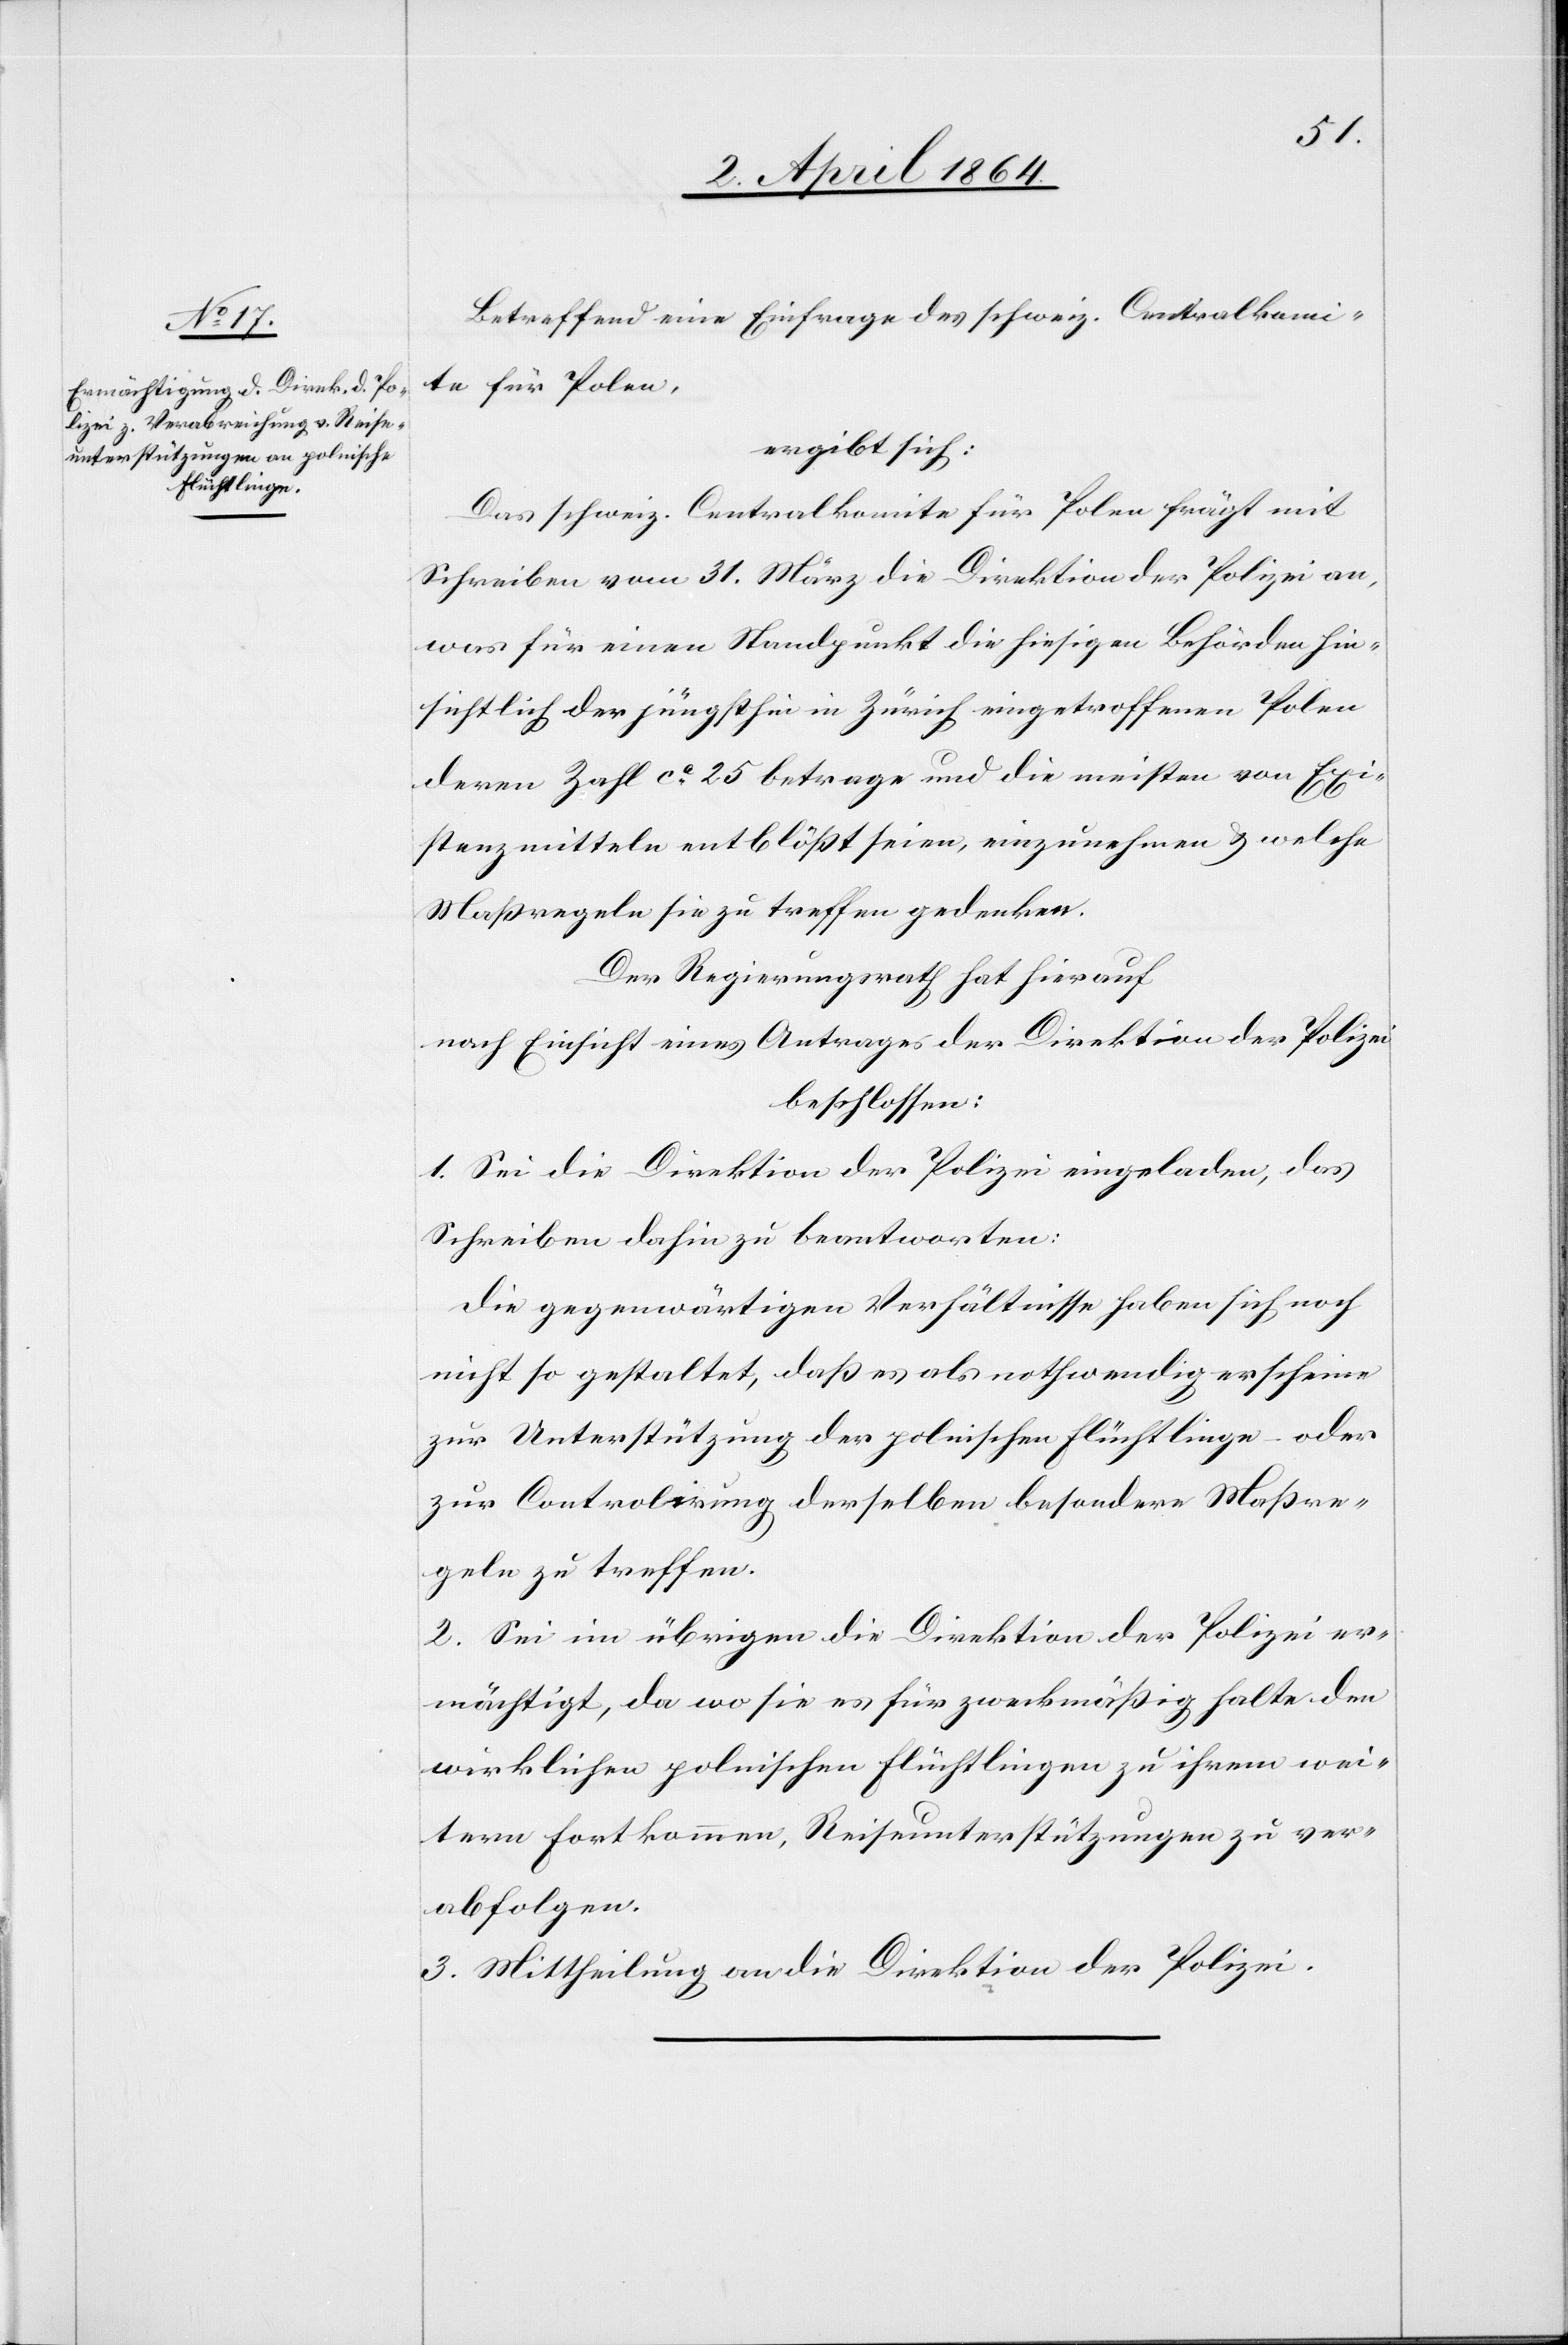
Betreffend eine Einfrage des schweiz. Centralkomi¬
te für Polen,
ergibt sich:
Das schweiz. Centralkomite für Polen frägt mit
Schreiben vom 31. März die Direktion der Polizei an,
was für einen Standpunkt die hiesigen Behörden hin¬
sichtlich der jüngsthin in Zürich eingetroffenen Polen
deren Zahl ca 25 betrage und die meisten von Exi¬
stenzmitteln entblößt seien, einzunehmen u. welche
Maßregeln sie zu treffen gedenken.
Der Regierungsrath hat hierauf
nach Einsicht eines Antrages der Direktion der Polizei
beschlossen:
1. Sei die Direktion der Polizei eingeladen, das
Schreiben dahin zu beantworten:
Die gegenwärtigen Verhältnisse haben sich noch
nicht so gestaltet, daß es als nothwendig erscheine
zur Unterstützung der polnischen Flüchtlinge – oder
zur Controlirung derselben besondere Maßre¬
geln zu treffen.
2. Sei im übrigen die Direktion der Polizei er¬
mächtigt, da wo sie es für zweckmäßig halte den
wirklichen polnischen Flüchtlingen zu ihrem wei¬
tern Fortkommen, Reiseunterstützungen zu ver¬
abfolgen.
3. Mittheilung an die Direktion der Polizei.